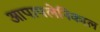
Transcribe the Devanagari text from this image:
आपापलेनिकाल